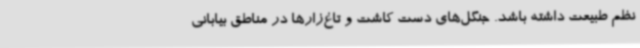
نظم طبیعت داشته باشد. جنگل‌های دست کاشت و تاغ‌زارها در مناطق بیابانی